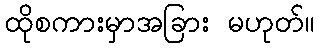
ထိုစကားမှာအခြား မဟုတ်။